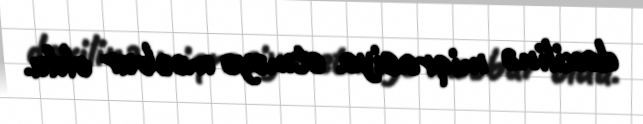
daxilinə miqrasiya etməyə məcbur oldu.